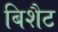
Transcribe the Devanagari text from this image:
बिशैट